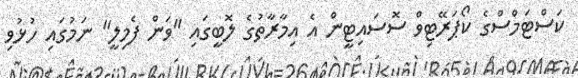
ކަސްޓަމްސްގެ ކޯޕަރޭޓިވް ސޮސައިޓީން އެ އިމާރާތުގެ ލޮބީގައި "ވަން ފެމިލީ" ނަމުގައި ހުޅުވި